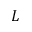
L